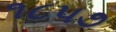
૧૮પ૭